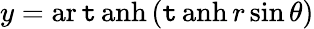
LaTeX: y=\operatorname{ar\mathtt{t}anh}\, (\operatorname{\mathtt{t}anh}r\sin\theta)